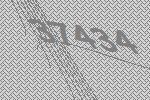
37434